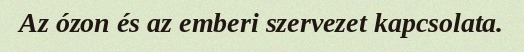
Az ózon és az emberi szervezet kapcsolata.